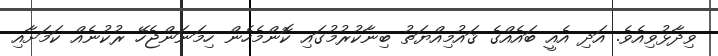
ވިދާޅުވިއެވެ. އަދި އެއީ ބައެއްގެ ޤައުމިއްޔަތު ބިނާކުރުމުގައި ކޮންމެހެން ހިމަނަންޖެހޭ ރުކުނެއް ކަމަށާއި